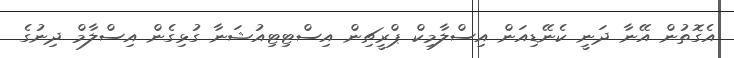
އެގޮތުން އޭނާ ދަނީ ކެނޭޑިއަން އިސްލާމިކް ޕްރީޗިން އިސްޓިޓިއުޝަނާ ގުޅިގެން އިސްލާމް ދިނުގެ